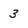
Character: 3